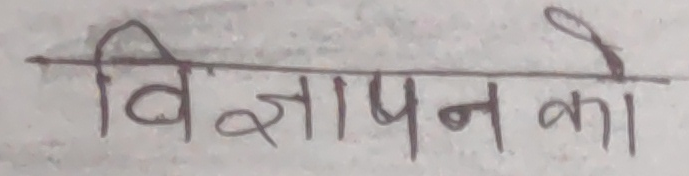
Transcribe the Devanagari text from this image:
विज्ञापन को